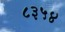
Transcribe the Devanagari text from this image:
८३५४